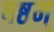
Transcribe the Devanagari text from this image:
षष्ठम्‌